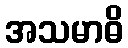
အသမာဓိ